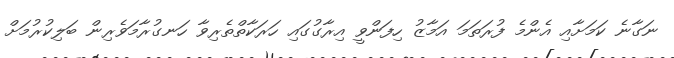
ނަގާނެ ކަމަށާއި އެންމެ ފުރަތަމަ އަމާޒު ހިފަންވީ އިރާގުގައި ހަރަކާތްތެރިވާ ހަނގުރާމަވެރިން ބަލިކުރުމަށް